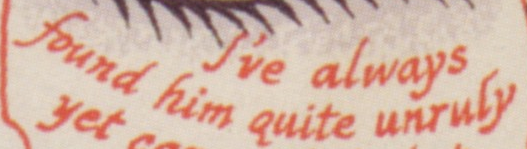
found him quite unruly